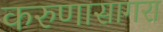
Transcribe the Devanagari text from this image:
करुणासागरा